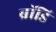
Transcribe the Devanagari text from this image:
ब्रॉडि